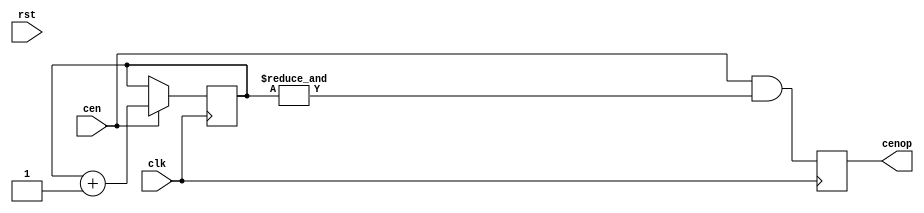
/*  This file is part of JTOPL.

    JTOPL is free software: you can redistribute it and/or modify
    it under the terms of the GNU General Public License as published by
    the Free Software Foundation, either version 3 of the License, or
    (at your option) any later version.

    JTOPL is distributed in the hope that it will be useful,
    but WITHOUT ANY WARRANTY; without even the implied warranty of
    MERCHANTABILITY or FITNESS FOR A PARTICULAR PURPOSE.  See the
    GNU General Public License for more details.

    You should have received a copy of the GNU General Public License
    along with JTOPL.  If not, see <http://www.gnu.org/licenses/>.

    Author: Jose Tejada Gomez. Twitter: @topapate
    Version: 1.0
    Date: 10-6-2020

    */

module jtopl_div(
    input       rst,
    input       clk,
    input       cen,
    output reg  cenop   // clock enable at operator rate
);

parameter OPL_TYPE=1;

localparam W = 2; // OPL_TYPE==2 ? 1 : 2;

reg  [W-1:0] cnt;

`ifdef SIMULATION
initial cnt={W{1'b0}};
`endif

always @(posedge clk) if(cen) begin
    cnt <= cnt+1'd1;
end

always @(posedge clk) begin
    cenop <= cen && (&cnt);
end

endmodule